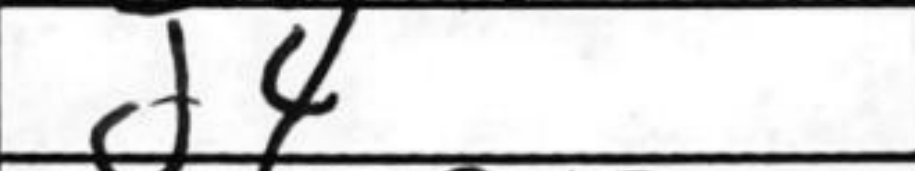
Transcription: d4